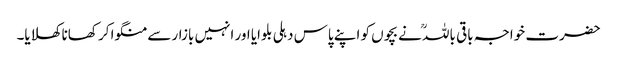
حضرت خواجہ باقی باللہؒ نے بچوں کو اپنے پاس دہلی بلوایا اور انہیں بازار سے منگوا کر کھانا کھلایا۔